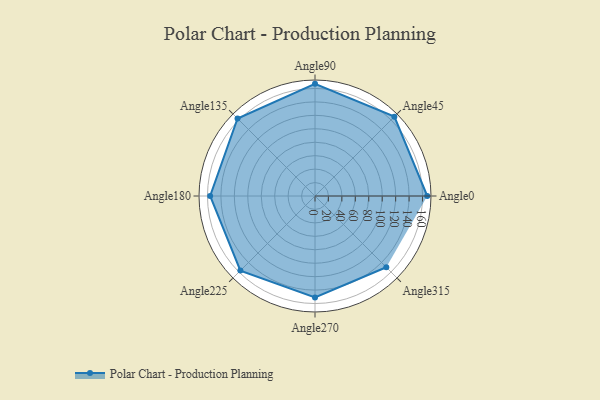
{"axis": {"x": "Angle", "y": "Radius"}, "legend": [""], "data": [{"x": "Angle0", "y": 167.0, "type": ""}, {"x": "Angle45", "y": 167.0, "type": ""}, {"x": "Angle90", "y": 167.0, "type": ""}, {"x": "Angle135", "y": 163.0, "type": ""}, {"x": "Angle180", "y": 156.0, "type": ""}, {"x": "Angle225", "y": 157.0, "type": ""}, {"x": "Angle270", "y": 151.0, "type": ""}, {"x": "Angle315", "y": 150.0, "type": ""}]}